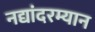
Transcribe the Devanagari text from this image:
नद्यांदरम्यान